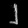
Digit: ၂